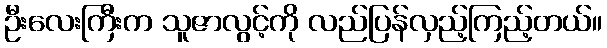
ဦးလေးကြီးက သူဇာလွင့်ကို လည်ပြန်လှည့်ကြည့်တယ်။